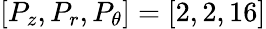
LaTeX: [P_{z},P_{r},P_{\theta}]=[2,2,16]